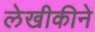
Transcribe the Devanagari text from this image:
लेखीकीने